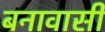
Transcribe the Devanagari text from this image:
बनावासी